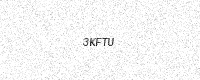
Text: 3KFTU